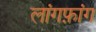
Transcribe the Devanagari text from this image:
लांगफ़ांग